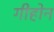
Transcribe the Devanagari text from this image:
गीहोन